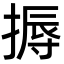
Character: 搙